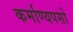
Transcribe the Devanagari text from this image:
कर्माण्यपसो